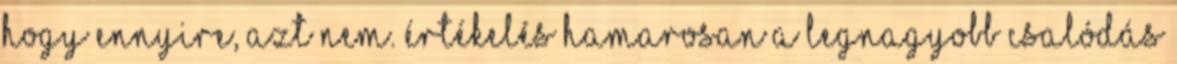
hogy ennyire, azt nem. Értékelés hamarosan A LEGNAGYOBB CSALÓDÁS